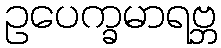
ဥပေက္ခမာရဗ္ဘ